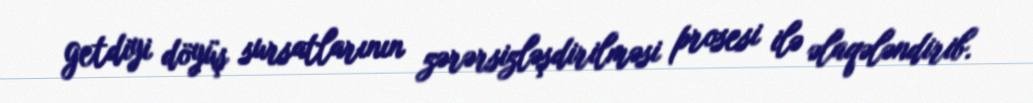
getdiyi döyüş sursatlarının zərərsizləşdirilməsi prosesi ilə əlaqələndirib.